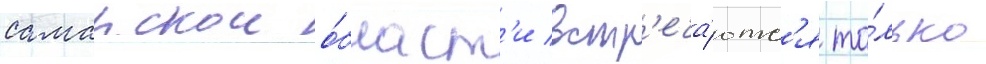
самарскои о́бласт'и встр'еча́ютс'я то́лько